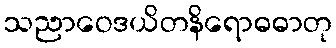
သညာဝေဒယိတနိရောဓဓာတု